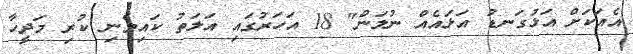
އެއަކަށް އަޅުގަނޑު އަޅައެއް ނުލަން" 18 އަހަރުގައި އަލަތު ކައިވެނި ކުރި މަދީހާ